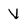
Character: V